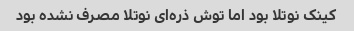
کینک نوتلا بود اما توش ذره‌ای نوتلا مصرف نشده بود